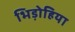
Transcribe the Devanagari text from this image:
भिड़ोहिया